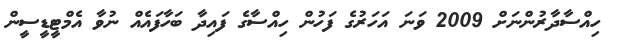
ހިއްސާދާރުންނަށް 2009 ވަނަ އަހަރުގެ ފަހުން ހިއްސާގެ ފައިދާ ބަހާފައެއް ނުވާ އެމްޓީޑީސީން